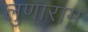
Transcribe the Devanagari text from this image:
लुणाराम